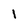
Character: 1